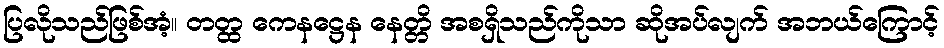
ပြလိုသည်ဖြစ်အံ့။ တတ္ထ ကေနဋ္ဌေန နေတ္တိ အစရှိသည်ကိုသာ ဆိုအပ်လျက် အဘယ်ကြောင့်